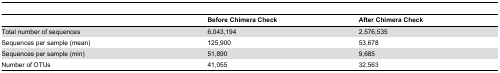
|  | Before Chimera Check | After Chimera Check |
 | --- | --- | --- |
 | Total number of sequences | 6,043,194 | 2,576,535 |
 | Sequences per sample (mean) | 125,900 | 53,678 |
 | Sequences per sample (min) | 51,890 | 9,685 |
 | Number of OTUs | 41,055 | 32,563 |